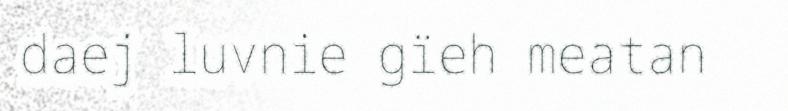
daej luvnie gïeh meatan